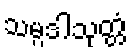
သမ္ပဒါသုတ္တံ